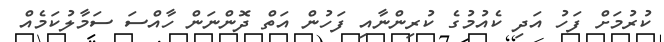
ކުރުމަށް ފަހު އަދި ކެއުމުގެ ކުރިންނާއި ފަހުން އަތް ދޮންނަން ހާއްސަ ސަމާލުކަމެއް